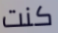
كنت